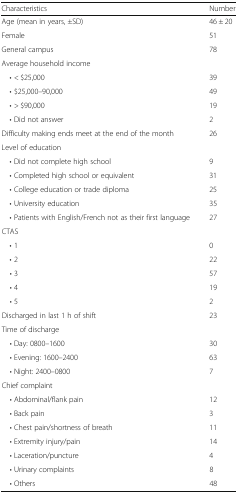
<table><thead><tr><td><b>Characteristics</b></td><td><b>Number</b></td></tr></thead><tbody><tr><td>Age (mean in years, ±SD)</td><td>46 ± 20</td></tr><tr><td>Female</td><td>51</td></tr><tr><td>General campus</td><td>78</td></tr><tr><td colspan="2">Average household income</td></tr><tr><td> • &lt; $25,000</td><td>39</td></tr><tr><td> • $25,000–90,000</td><td>49</td></tr><tr><td> • &gt; $90,000</td><td>19</td></tr><tr><td> • Did not answer</td><td>2</td></tr><tr><td>Difficulty making ends meet at the end of the month</td><td>26</td></tr><tr><td colspan="2">Level of education</td></tr><tr><td> • Did not complete high school</td><td>9</td></tr><tr><td> • Completed high school or equivalent</td><td>31</td></tr><tr><td> • College education or trade diploma</td><td>25</td></tr><tr><td> • University education</td><td>35</td></tr><tr><td> • Patients with English/French not as their first language</td><td>27</td></tr><tr><td colspan="2">CTAS</td></tr><tr><td> • 1</td><td>0</td></tr><tr><td> • 2</td><td>22</td></tr><tr><td> • 3</td><td>57</td></tr><tr><td> • 4</td><td>19</td></tr><tr><td> • 5</td><td>2</td></tr><tr><td>Discharged in last 1 h of shift</td><td>23</td></tr><tr><td colspan="2">Time of discharge</td></tr><tr><td> • Day: 0800–1600</td><td>30</td></tr><tr><td> • Evening: 1600–2400</td><td>63</td></tr><tr><td> • Night: 2400–0800</td><td>7</td></tr><tr><td colspan="2">Chief complaint</td></tr><tr><td> • Abdominal/flank pain</td><td>12</td></tr><tr><td> • Back pain</td><td>3</td></tr><tr><td> • Chest pain/shortness of breath</td><td>11</td></tr><tr><td> • Extremity injury/pain</td><td>14</td></tr><tr><td> • Laceration/puncture</td><td>4</td></tr><tr><td> • Urinary complaints</td><td>8</td></tr><tr><td> • Others</td><td>48</td></tr></tbody></table>